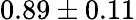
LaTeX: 0.89\pm 0.11